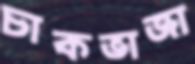
চাকভাজা